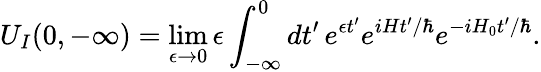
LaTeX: U_{I}(0,-\infty)=\operatorname*{lim}_{\epsilon\to 0}\epsilon\int_{-\infty}^{0}dt^{\prime}\, e^{\epsilon t^{\prime}}e^{iHt^{\prime}/\hbar}e^{-iH_{0}t^{\prime}/\hbar}.